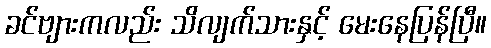
ခင်ဗျားကလည်း သိလျက်သားနှင့် မေးနေပြန်ပြီ။